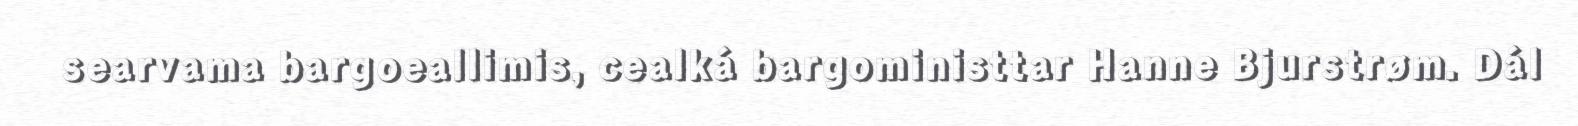
searvama bargoeallimis, cealká bargoministtar Hanne Bjurstrøm. Dál